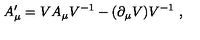
A _ { \mu } ^ { \prime } = V A _ { \mu } V ^ { - 1 } - ( \partial _ { \mu } V ) V ^ { - 1 } \ ,